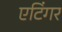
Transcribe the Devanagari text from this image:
एटिंगर